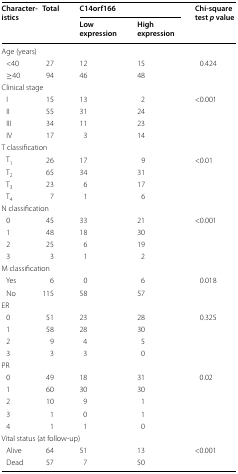
<table><thead><tr><td rowspan="2" colspan="2"><b>Characteristics</b></td><td rowspan="2"><b>Total</b></td><td colspan="2"><b>C14orf166</b></td><td rowspan="2"><b>Chi-square test <i>p</i> value</b></td></tr><tr><td><b>Low expression</b></td><td><b>High expression</b></td></tr></thead><tbody><tr><td colspan="6">Age (years)</td></tr><tr><td colspan="2"> &lt;40</td><td>27</td><td>12</td><td>15</td><td rowspan="2">0.424</td></tr><tr><td colspan="2"> ≥40</td><td>94</td><td>46</td><td>48</td></tr><tr><td colspan="6">Clinical stage</td></tr><tr><td colspan="2"> I</td><td>15</td><td>13</td><td>2</td><td rowspan="4">&lt;0.001</td></tr><tr><td colspan="2"> II</td><td>55</td><td>31</td><td>24</td></tr><tr><td colspan="2"> III</td><td>34</td><td>11</td><td>23</td></tr><tr><td colspan="2"> IV</td><td>17</td><td>3</td><td>14</td></tr><tr><td colspan="5">T classification</td><td></td></tr><tr><td colspan="2"> T<sub>1</sub></td><td>26</td><td>17</td><td>9</td><td rowspan="4">&lt;0.01</td></tr><tr><td colspan="2"> T<sub>2</sub></td><td>65</td><td>34</td><td>31</td></tr><tr><td colspan="2"> T<sub>3</sub></td><td>23</td><td>6</td><td>17</td></tr><tr><td colspan="2"> T<sub>4</sub></td><td>7</td><td>1</td><td>6</td></tr><tr><td colspan="5">N classification</td><td></td></tr><tr><td colspan="2"> 0</td><td>45</td><td>33</td><td>21</td><td rowspan="4">&lt;0.001</td></tr><tr><td colspan="2"> 1</td><td>48</td><td>18</td><td>30</td></tr><tr><td colspan="2"> 2</td><td>25</td><td>6</td><td>19</td></tr><tr><td colspan="2"> 3</td><td>3</td><td>1</td><td>2</td></tr><tr><td colspan="6">M classification</td></tr><tr><td colspan="2"> Yes</td><td>6</td><td>0</td><td>6</td><td rowspan="2">0.018</td></tr><tr><td colspan="2"> No</td><td>115</td><td>58</td><td>57</td></tr><tr><td colspan="6">ER</td></tr><tr><td colspan="2"> 0</td><td>51</td><td>23</td><td>28</td><td rowspan="4">0.325</td></tr><tr><td colspan="2"> 1</td><td>58</td><td>28</td><td>30</td></tr><tr><td colspan="2"> 2</td><td>9</td><td>4</td><td>5</td></tr><tr><td colspan="2"> 3</td><td>3</td><td>3</td><td>0</td></tr><tr><td colspan="6">PR</td></tr><tr><td colspan="2"> 0</td><td>49</td><td>18</td><td>31</td><td rowspan="5">0.02</td></tr><tr><td colspan="2"> 1</td><td>60</td><td>30</td><td>30</td></tr><tr><td colspan="2"> 2</td><td>10</td><td>9</td><td>1</td></tr><tr><td colspan="2"> 3</td><td>1</td><td>0</td><td>1</td></tr><tr><td colspan="2"> 4</td><td>1</td><td>1</td><td>0</td></tr><tr><td colspan="6">Vital status (at follow-up)</td></tr><tr><td colspan="2"> Alive</td><td>64</td><td>51</td><td>13</td><td rowspan="2">&lt;0.001</td></tr><tr><td colspan="2"> Dead</td><td>57</td><td>7</td><td>50</td></tr></tbody></table>